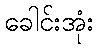
ခေါင်းအုံး